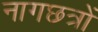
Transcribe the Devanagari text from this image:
नागछत्रों